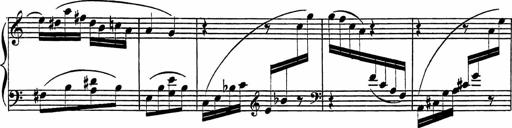
Title: Piano Sonatinas
Composer: Charles Fradel